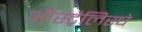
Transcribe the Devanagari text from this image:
ऑस्ट्रैलिस्चे